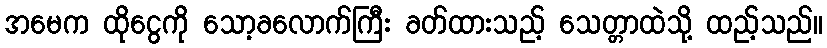
အမေက ထိုငွေကို သော့ခလောက်ကြီး ခတ်ထားသည့် သေတ္တာထဲသို့ ထည့်သည်။